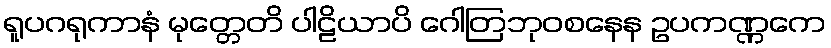
ရူပဂရုကာနံ မုတ္တေတိ ပါဠိယာပိ ဂေါတြဘုဝစနေန ဥပကဏ္ဏကေ